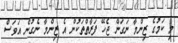
މި ކަމުގެ ޒިންމާ ނަގަން ޖެހޭ ފަރާތްތަކުން އެ ޒިންމާ ނެގުން އަވަސް